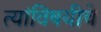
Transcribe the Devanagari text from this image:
त्यांविषयीचे